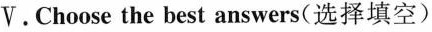
V.Choose the best answers(选择填空)